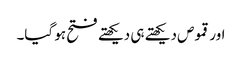
اور قموص دیکھتے ہی دیکھتے فتح ہو گیا۔